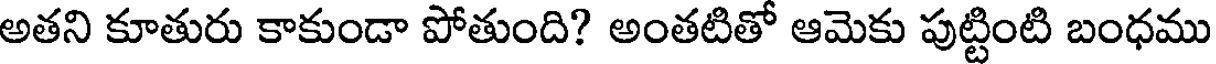
అతని కూతురు కాకుండా పోతుంది? అంతటితో ఆమెకు పుట్టింటి బంధము